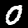
Label: 0